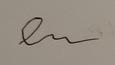
Signature authenticity: forged